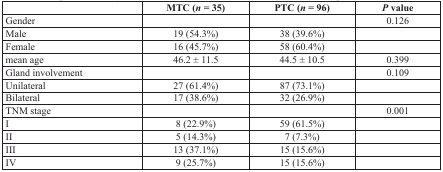
<table><thead><tr><td></td><td><b>MTC (<i>n</i> = 35)</b></td><td><b>PTC (<i>n</i> = 96)</b></td><td><b><i>P</i> value</b></td></tr></thead><tbody><tr><td>Gender</td><td></td><td></td><td>0.126</td></tr><tr><td>Male</td><td>19 (54.3%)</td><td>38 (39.6%)</td><td></td></tr><tr><td>Female</td><td>16 (45.7%)</td><td>58 (60.4%)</td><td></td></tr><tr><td>mean age</td><td>46.2 ± 11.5</td><td>44.5 ± 10.5</td><td>0.399</td></tr><tr><td>Gland involvement</td><td></td><td></td><td>0.109</td></tr><tr><td>Unilateral</td><td>27 (61.4%)</td><td>87 (73.1%)</td><td></td></tr><tr><td>Bilateral</td><td>17 (38.6%)</td><td>32 (26.9%)</td><td></td></tr><tr><td>TNM stage</td><td></td><td></td><td>0.001</td></tr><tr><td>I</td><td>8 (22.9%)</td><td>59 (61.5%)</td><td></td></tr><tr><td>II</td><td>5 (14.3%)</td><td>7 (7.3%)</td><td></td></tr><tr><td>III</td><td>13 (37.1%)</td><td>15 (15.6%)</td><td></td></tr><tr><td>IV</td><td>9 (25.7%)</td><td>15 (15.6%)</td><td></td></tr></tbody></table>